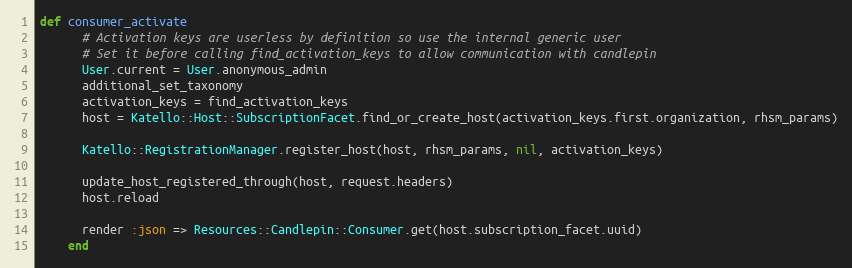
Language: Ruby
def consumer_activate
      # Activation keys are userless by definition so use the internal generic user
      # Set it before calling find_activation_keys to allow communication with candlepin
      User.current = User.anonymous_admin
      additional_set_taxonomy
      activation_keys = find_activation_keys
      host = Katello::Host::SubscriptionFacet.find_or_create_host(activation_keys.first.organization, rhsm_params)

      Katello::RegistrationManager.register_host(host, rhsm_params, nil, activation_keys)

      update_host_registered_through(host, request.headers)
      host.reload

      render :json => Resources::Candlepin::Consumer.get(host.subscription_facet.uuid)
    end